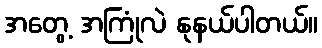
အတွေ့ အကြုံလဲ နုနယ်ပါတယ်။